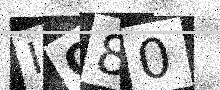
Text: IQ80